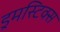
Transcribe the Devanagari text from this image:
ड्रमस्टिक्स